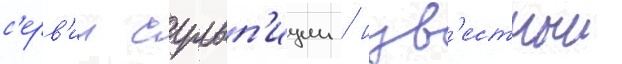
с'ерв'ии сульп'иции / изв'естныи